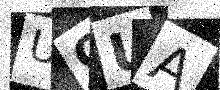
Text: UOUA